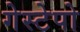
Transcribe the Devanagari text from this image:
गेस्टेपो